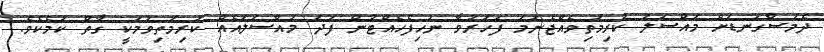
ދެމަސްގަނޑަށް މައްސަލަ ކުރިމަތިވެއްޖެނަމަ ފަހަރުވާ ނުހިފެހެއްޓުން ފަދަ މައްސަލައެއް ކުރިމަތިވުމަކީ ގާތް ކަމެކެވެ.